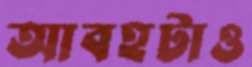
আবহটাও